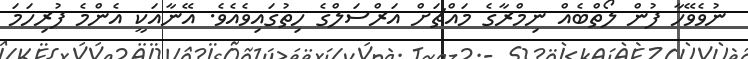
ނުވެވޭހާ ފުން ލޯތްބެއް ނިމްރާގެ މައްޗަށް އަރްސަލްގެ ހިތުގައިވެއެވެ. އޭނާއަކީ އެންމެ ފުރިހަމަ